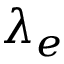
\lambda _ { e }